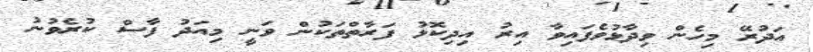
އަދުރޭ މިހެން ވިދާޅުވެފައިވާ އިރު އިދިކޮޅު ފަރާތްތަކުން ވަނީ މިއަދު ފާސް ކުރެވުނު